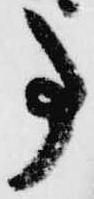
事